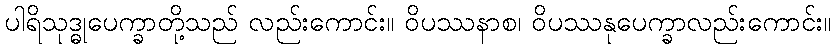
ပါရိသုဒ္ဓုပေက္ခာတို့သည် လည်းကောင်း။ ဝိပဿနာစ၊ ဝိပဿနုပေက္ခာလည်းကောင်း။